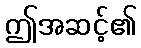
ဤအဆင့်၏